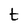
Character: t